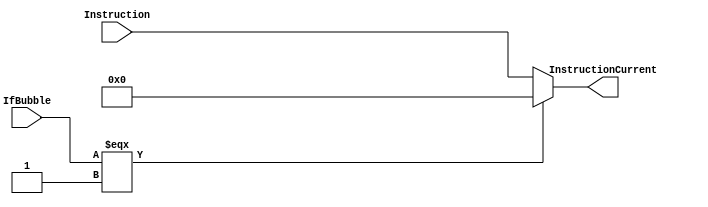
`timescale 1ns / 1ps
//////////////////////////////////////////////////////////////////////////////////
// Company: 
// Engineer: 
// 
// Design Name: 
// Module Name:    mux5 
// Project Name: 
// Target Devices: 
// Tool versions: 
// Description: 
//
// Dependencies: 
//
// Revision: 
// Revision 0.01 - File Created
// Additional Comments: 
//
//////////////////////////////////////////////////////////////////////////////////
module MUX_Bubble(
	input [31:0]Instruction,
	input IfBubble,
	output [31:0]InstructionCurrent
    );
	assign InstructionCurrent = IfBubble=== 1 ? 3'b0 : Instruction;

endmodule